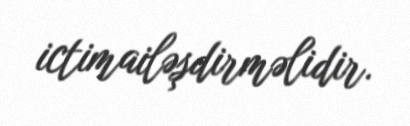
ictimailəşdirməlidir.